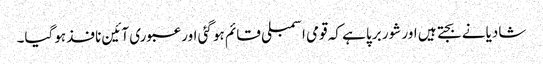
شادیانے بجتے ہیں اور شور برپا ہے کہ قومی اسمبلی قائم ہو گئی اور عبوری آئین نافذ ہوگیا۔